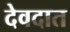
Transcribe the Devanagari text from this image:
देवदात